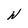
Character: W